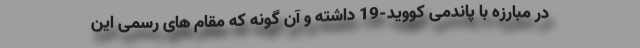
در مبارزه با پاندمی کووید-19 داشته و آن گونه که مقام های رسمی این